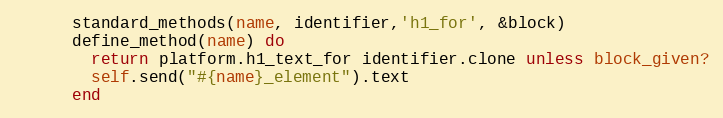
Language: Ruby
      standard_methods(name, identifier,'h1_for', &block)
      define_method(name) do
        return platform.h1_text_for identifier.clone unless block_given?
        self.send("#{name}_element").text
      end